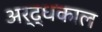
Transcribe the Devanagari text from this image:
अर्द्धकाल